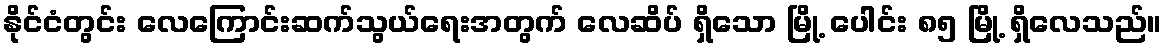
နိုင်ငံတွင်း လေကြောင်းဆက်သွယ်ရေးအတွက် လေဆိပ် ရှိသော မြို့ ပေါင်း ၈၅ မြို့ ရှိလေသည်။